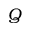
Q